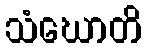
သံဃောတိ